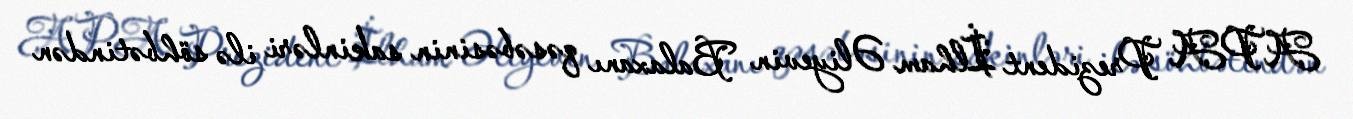
APA Prezident İlham Əliyevin Balaxanı qəsəbəsinin sakinləri ilə söhbətindən